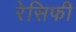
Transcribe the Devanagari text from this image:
रेसिफी